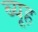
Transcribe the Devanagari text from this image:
ब्यूह